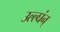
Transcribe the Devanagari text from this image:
उल्ल्घंन्